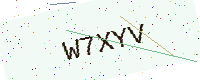
Text: W7XYV